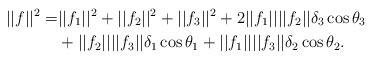
LaTeX: \begin{align*}||f||^2=&||f_1||^2+||f_2||^2+||f_3||^2+2||f_1||||f_2||\delta_3\cos{\theta_3}\\ &+||f_2||||f_3||\delta_1\cos{\theta_1}+||f_1||||f_3||\delta_2\cos{\theta_2}.\end{align*}